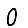
Digit: 0